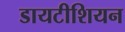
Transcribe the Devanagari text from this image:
डायटीशियन